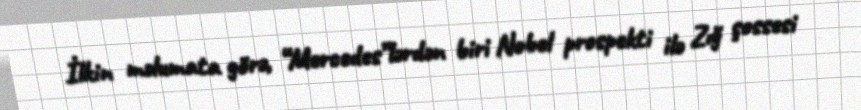
İlkin məlumata görə, “Mercedes”lərdən biri Nobel prospekti ilə Zığ şossesi